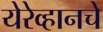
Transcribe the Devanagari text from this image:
येरेव्हानचे